Annual report on the Civil Veterinary Department, Burma (including the Insein Veterinary School) - 1923-1931
Year: 1923
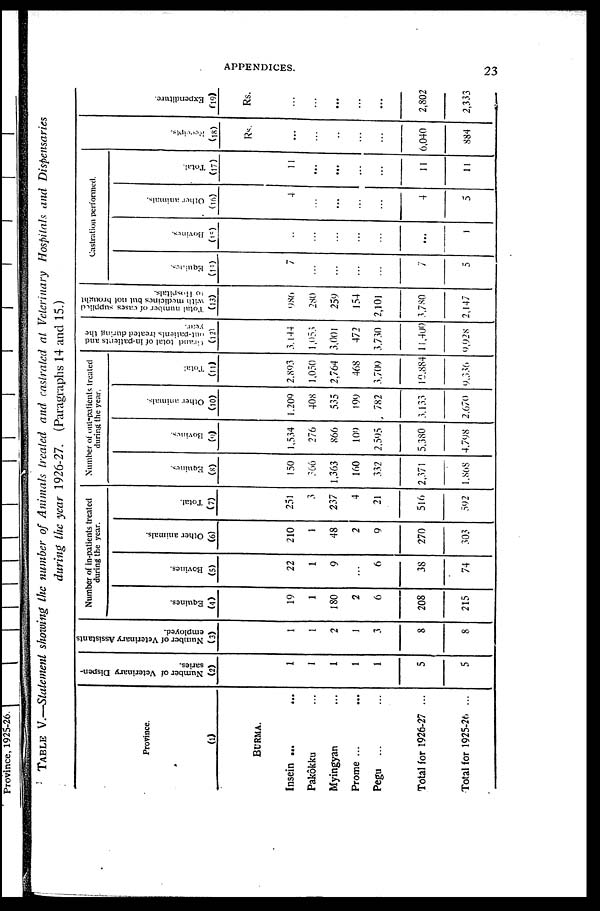
APPENDICES.
23
TABLE V.—Statement showing the number of Animals treated and castrated at Veterinary Hospitals and Dispensaries
during the year 1926-27. (Paragraphs 14 and 15.)
Province.
(1)
BURMA.
Insein ... ...
Pakôkku ...
Myingyan ...
Prome ... ...
Pegu ... ...
Total for 1926-27 ...
Total for 1925-26 ...
Number of Veterinary Dispen-
saries.
(2)
1
1
1
1
1
5
5
Number of Veterinary Assistants
employed.
(3)
1
1
2
1
3
8
8
Number of in-patients treated
during the year.
Equines.
(4)
19
1
180
2
6
208
215
Bovines.
(5)
22
1
9
...
6
38
74
Other animals.
(6)
210
1
48
2
9
270
303
Total.
(7)
251
3
237
4
21
516
592
Number of out-patients treated
during the year.
Equines.
(8)
150
366
1,363
160
332
2,371
1,868
Bovines.
(9)
1,534
276
866
109
2,595
5,380
4,798
Other animals.
(10)
1,209
408
535
199
782
3,133
2,670
Total.
(11)
2,893
1,050
2,764
468
3,709
10,884
9,336
Grand total of in-patients and
out-patients treated during the
year.
(12)
3,144
1,053
3,001
472
3,730
11,400
9,928
Total number of cases supplied
with medicines but not brought
to Hospitals.
(13)
986
280
259
154
2,101
3,780
2,147
Castration performed.
Equines.
(14)
7
...
...
...
...
7
5
Bovines.
(15)
...
...
...
...
...
...
1
Other animals.
(16)
4
...
...
...
...
4
5
Total.
(17)
11
...
...
...
...
11
11
Receipts.
(18)
Rs.
...
...
...
...
...
6,040
884
Expe ndi t
ur e .
(19)
Rs.
...
...
...
...
...
2,802
2,333